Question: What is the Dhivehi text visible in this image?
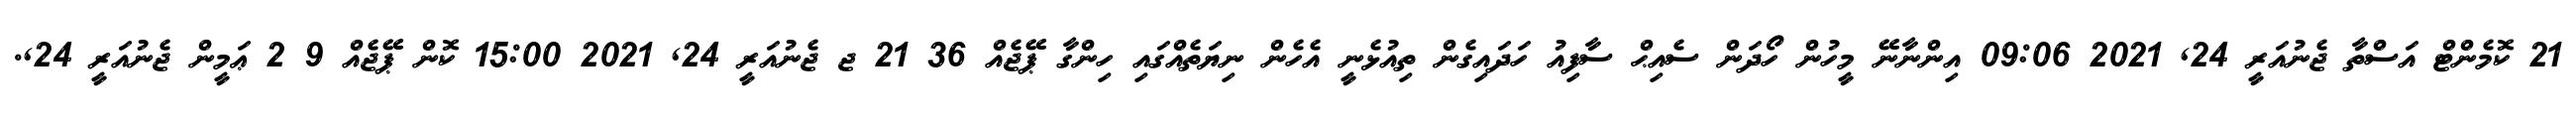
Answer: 21 ކޮމެންޓް އަސްތާ ޖެނުއަރީ 24, 2021 09:06 އިންނާނޭ މީހުން ހޯދަން ސެއިޙް ސާފިއު ހަދައިގެން ތިއުޅެނީ އެހެން ނިޔަތެއްގައި ހިންގާ ޕޭޖެއް 36 21 ޖ ޖެނުއަރީ 24, 2021 15:00 ކޮން ޕޭޖެއް 9 2 ޢަމީން ޖެނުއަރީ 24,.